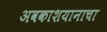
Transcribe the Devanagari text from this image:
अवकाशयानाचा